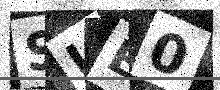
Text: SIE0